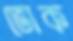
ভোক